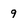
Character: 9